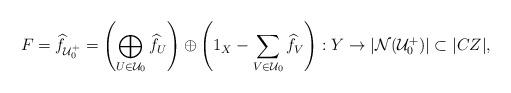
LaTeX: \begin{align*} F = \widehat{f}_{\mathcal{U}_0^+} = \left( \bigoplus_{U\in\mathcal{U}_0} \widehat{f}_U \right) \oplus \left( \mathrm{1}_X - \sum_{V \in \mathcal{U}_0} \widehat{f}_{V} \right) : Y \to |\mathcal{N}(\mathcal{U}_0^+) | \subset | C Z |, \end{align*}